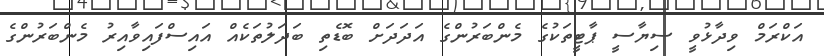
އަކްރަމް ވިދާޅުވީ ސިޔާސީ ޕާޓީތަކުގެ މެންބަރުންގެ އަދަދަށް ބޮޑެތި ބަދަލުތަކެއް އައިސްފައިވާއިރު މެންބަރުންގެ